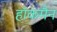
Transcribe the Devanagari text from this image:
हाॅकमैन